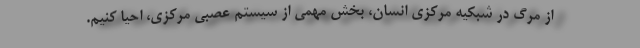
از مرگ در شبکیه مرکزی انسان، بخش مهمی از سیستم عصبی مرکزی، احیا کنیم.